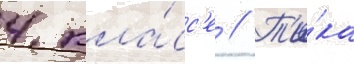
4 кла́сс'е // Т'и́ка